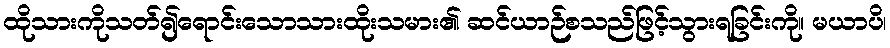
ထိုသားကိုသတ်၍ရောင်းသောသားထိုးသမား၏ ဆင်ယာဉ်စသည်ဖြင့်သွားရခြင်းကို။ မယာပိ၊